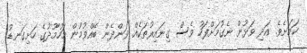
ކަމަށެވެ. އަދި ވަޅުން ނެގުމަށްފަހު ވެސް ގިނައިރުތަކެއް ވަންދެން ބޭއްވުމުން މަހުމޫދުގެ ހަށިގަނޑު